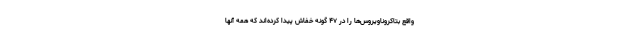
واقع بتاکروناویروس‌ها را در ۴۷ گونه خفاش پیدا کرده‌اند که همه آنها